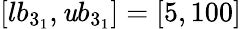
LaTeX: [lb_{3_{1}},\mathit{u}b_{3_{1}}]=[5,100]